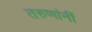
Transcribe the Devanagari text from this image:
तरुणांनीं